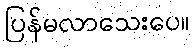
ပြန်မလာသေးပေ။